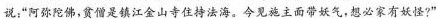
说：”阿弥陀佛，贫僧是镇江金山寺住持法海。今见施主面带妖气，想必家有妖怪?”